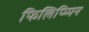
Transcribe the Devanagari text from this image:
फिलिप्प्पिन